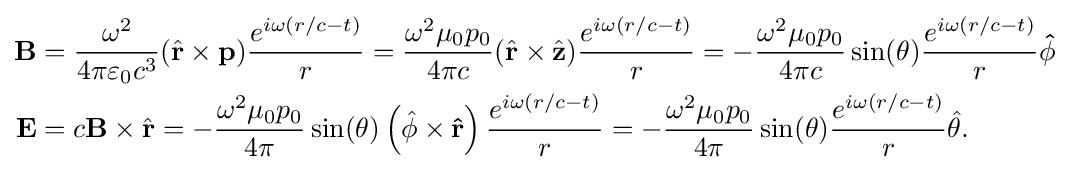
{\begin{aligned}\mathbf {B} &={\frac {\omega ^{2}}{4\pi \varepsilon _{0}c^{3}}}({\hat {\mathbf {r} }}\times \mathbf {p} ){\frac {e^{i\omega (r/c-t)}}{r}}={\frac {\omega ^{2}\mu _{0}p_{0}}{4\pi c}}({\hat {\mathbf {r} }}\times {\hat {\mathbf {z} }}){\frac {e^{i\omega (r/c-t)}}{r}}=-{\frac {\omega ^{2}\mu _{0}p_{0}}{4\pi c}}\sin(\theta ){\frac {e^{i\omega (r/c-t)}}{r}}\mathbf {\hat {\phi }} \\\mathbf {E} &=c\mathbf {B} \times {\hat {\mathbf {r} }}=-{\frac {\omega ^{2}\mu _{0}p_{0}}{4\pi }}\sin(\theta )\left({\hat {\phi }}\times \mathbf {\hat {r}} \right){\frac {e^{i\omega (r/c-t)}}{r}}=-{\frac {\omega ^{2}\mu _{0}p_{0}}{4\pi }}\sin(\theta ){\frac {e^{i\omega (r/c-t)}}{r}}{\hat {\theta }}.\end{aligned}}